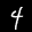
Label: 4